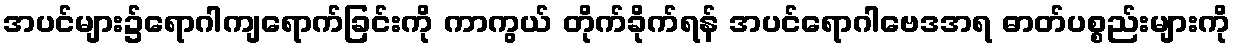
အပင်များ၌ရောဂါကျရောက်ခြင်းကို ကာကွယ် တိုက်ခိုက်ရန် အပင်ရောဂါဗေဒအရ ဓာတ်ပစ္စည်းများကို